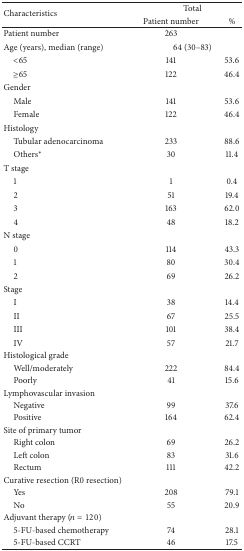
<table><thead><tr><td rowspan="2"><b>Characteristics </b></td><td colspan="2"><b>Total</b></td></tr><tr><td><b>Patient number</b></td><td><b>%</b></td></tr></thead><tbody><tr><td>Patient number</td><td>263</td><td> </td></tr><tr><td>Age (years), median (range)</td><td colspan="2">64 (30–83)</td></tr><tr><td> &lt;65</td><td>141</td><td>53.6</td></tr><tr><td> ≥65</td><td>122</td><td>46.4</td></tr><tr><td>Gender</td><td> </td><td> </td></tr><tr><td> Male</td><td>141</td><td>53.6</td></tr><tr><td> Female</td><td>122</td><td>46.4</td></tr><tr><td>Histology</td><td> </td><td> </td></tr><tr><td> Tubular adenocarcinoma</td><td>233</td><td>88.6</td></tr><tr><td> Others*</td><td>30</td><td>11.4</td></tr><tr><td>T stage</td><td> </td><td> </td></tr><tr><td> 1</td><td>1</td><td>0.4</td></tr><tr><td> 2</td><td>51</td><td>19.4</td></tr><tr><td> 3</td><td>163</td><td>62.0</td></tr><tr><td> 4</td><td>48</td><td>18.2</td></tr><tr><td>N stage</td><td> </td><td> </td></tr><tr><td> 0</td><td>114</td><td>43.3</td></tr><tr><td> 1</td><td>80</td><td>30.4</td></tr><tr><td> 2</td><td>69</td><td>26.2</td></tr><tr><td>Stage</td><td> </td><td> </td></tr><tr><td> I</td><td>38</td><td>14.4</td></tr><tr><td> II</td><td>67</td><td>25.5</td></tr><tr><td> III</td><td>101</td><td>38.4</td></tr><tr><td> IV</td><td>57</td><td>21.7</td></tr><tr><td>Histological grade </td><td> </td><td> </td></tr><tr><td> Well/moderately</td><td>222</td><td>84.4</td></tr><tr><td> Poorly</td><td>41</td><td>15.6</td></tr><tr><td>Lymphovascular invasion</td><td> </td><td> </td></tr><tr><td> Negative</td><td>99</td><td>37.6</td></tr><tr><td> Positive</td><td>164</td><td>62.4</td></tr><tr><td>Site of primary tumor</td><td> </td><td> </td></tr><tr><td> Right colon</td><td>69</td><td>26.2</td></tr><tr><td> Left colon</td><td>83</td><td>31.6</td></tr><tr><td> Rectum</td><td>111</td><td>42.2</td></tr><tr><td>Curative resection (R0 resection)</td><td> </td><td> </td></tr><tr><td> Yes</td><td>208</td><td>79.1</td></tr><tr><td> No</td><td>55</td><td>20.9</td></tr><tr><td>Adjuvant therapy (<i>n</i> = 120)</td><td> </td><td> </td></tr><tr><td> 5-FU-based chemotherapy</td><td>74</td><td>28.1</td></tr><tr><td> 5-FU-based CCRT</td><td>46</td><td>17.5</td></tr></tbody></table>